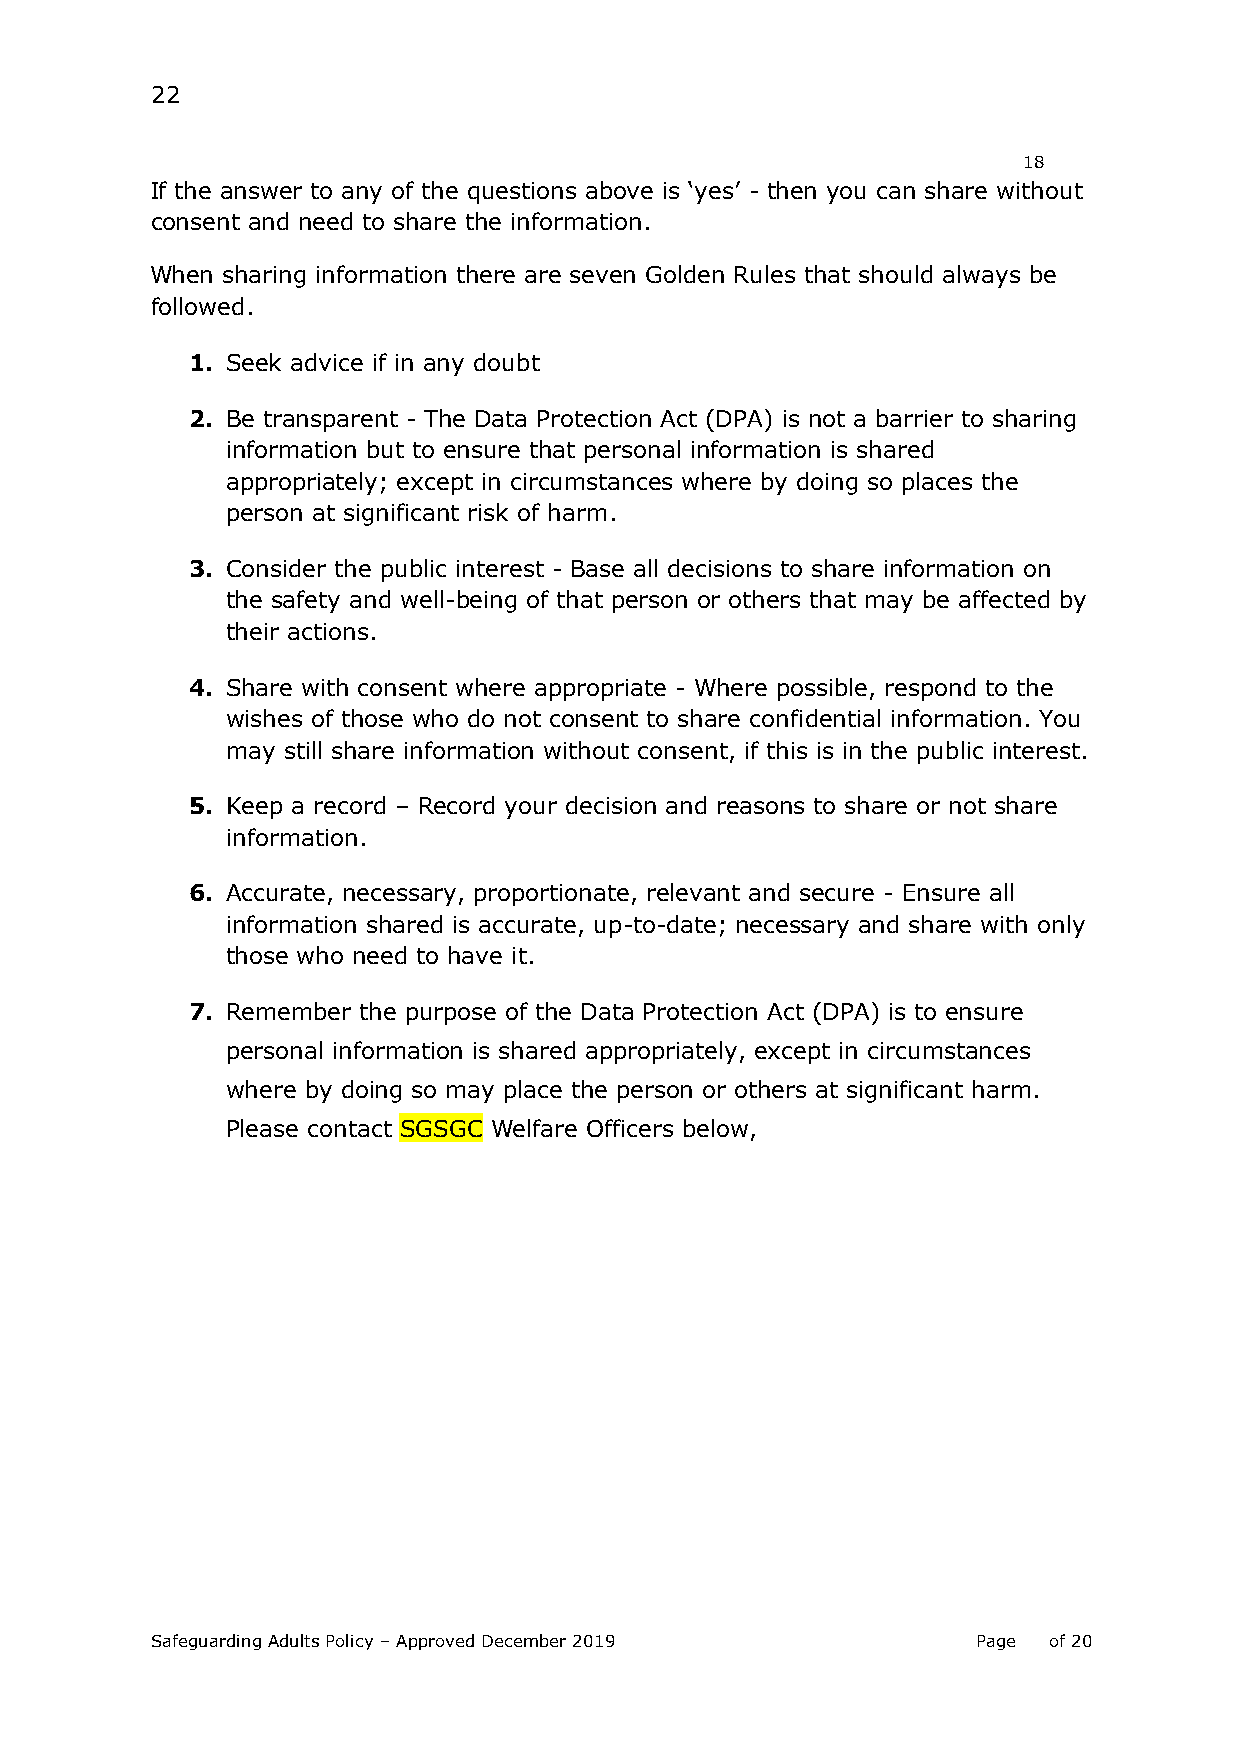
22
 18
 If the answer to any of the questions above is ‘yes’ - then you can share without
 consent and need to share the information.
 When sharing information there are seven Golden Rules that should always be
 followed.
 1. Seek advice if in any doubt
 2. Be transparent - The Data Protection Act (DPA) is not a barrier to sharing
 information but to ensure that personal information is shared
 appropriately; except in circumstances where by doing so places the
 person at significant risk of harm.
 3. Consider the public interest - Base all decisions to share information on
 the safety and well-being of that person or others that may be affected by
 their actions.
 4. Share with consent where appropriate - Where possible, respond to the
 wishes of those who do not consent to share confidential information. You
 may still share information without consent, if this is in the public interest.
 5. Keep a record – Record your decision and reasons to share or not share
 information.
 6. Accurate, necessary, proportionate, relevant and secure - Ensure all
 information shared is accurate, up-to-date; necessary and share with only
 those who need to have it.
 7. Remember the purpose of the Data Protection Act (DPA) is to ensure
 personal information is shared appropriately, except in circumstances
 where by doing so may place the person or others at significant harm.
 Please contact SGSGC Welfare Officers below,
 Safeguarding Adults Policy – Approved December 2019    Page of 20